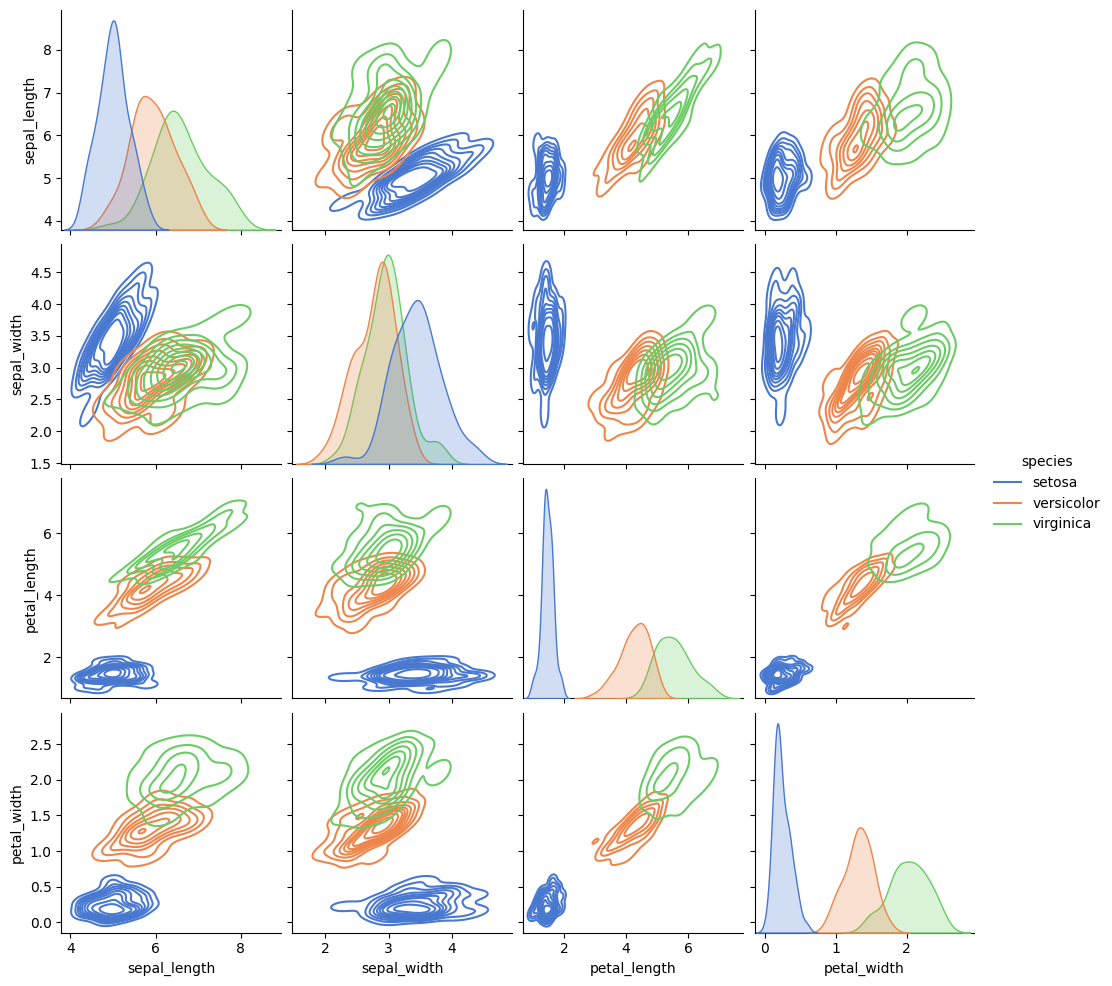
python, seaborn, pairplot, palette='muted', markers=['o', 's', 'D'], kind='kde', diag_kind='auto'